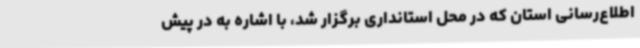
اطلاع‌رسانی استان که در محل استانداری برگزار شد، با اشاره به در پیش